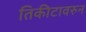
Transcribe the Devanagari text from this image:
तिकीटावरुन